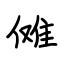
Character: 傩